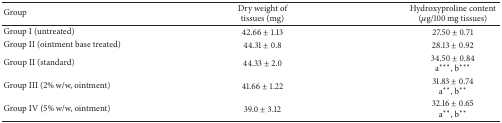
<table><thead><tr><td><b>Group</b></td><td><b>Dry weight of tissues (mg)</b></td><td><b>Hydroxyproline content (<i>μ</i>g/100 mg tissues)</b></td></tr></thead><tbody><tr><td>Group I (untreated)</td><td>42.66 ± 1.13</td><td>27.50 ± 0.71</td></tr><tr><td>Group II (ointment base treated)</td><td>44.31 ± 0.8</td><td>28.13 ± 0.92</td></tr><tr><td>Group II (standard)</td><td>44.33 ± 2.0 </td><td>34.50 ± 0.84 a<sup><i>∗∗∗</i></sup>, b<sup><i>∗∗∗</i></sup></td></tr><tr><td>Group III (2% w/w, ointment)</td><td>41.66 ± 1.22 </td><td>31.83 ± 0.74 a<sup><i>∗∗</i></sup>, b<sup><i>∗∗</i></sup></td></tr><tr><td>Group IV (5% w/w, ointment)</td><td>39.0 ± 3.12</td><td>32.16 ± 0.65 a<sup><i>∗∗</i></sup>, b<sup><i>∗∗</i></sup></td></tr></tbody></table>